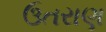
ઉતરાણ